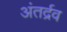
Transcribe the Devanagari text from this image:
अंतर्द्रव